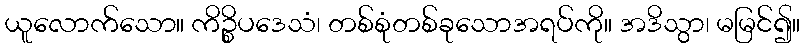
ယူလောက်သော။ ကိဉ္စိပဒေသံ၊ တစ်စုံတစ်ခုသောအရပ်ကို။ အဒိသွာ၊ မမြင်၍။